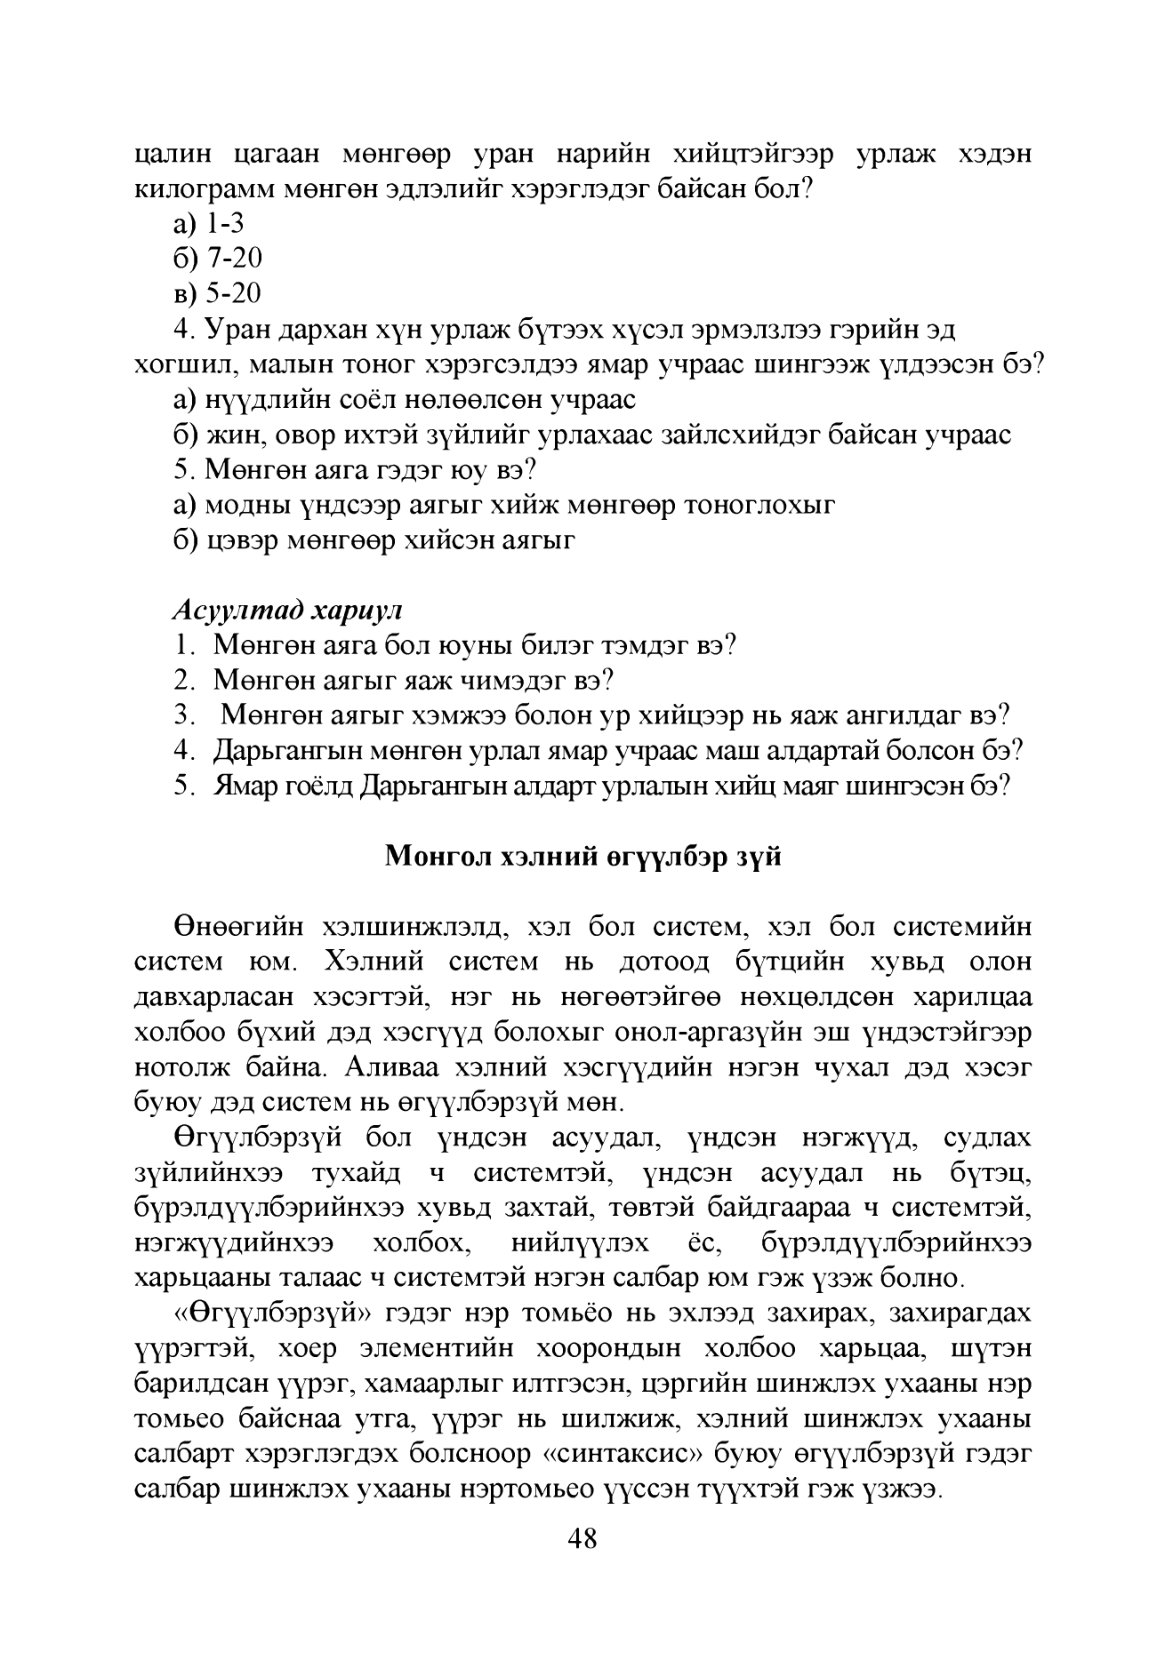
Language: mn